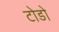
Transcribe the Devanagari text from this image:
टोडो